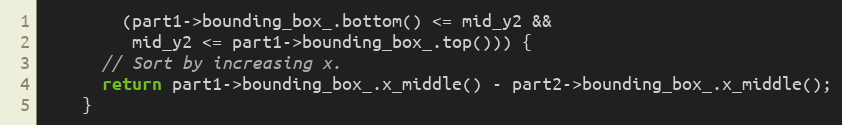
Language: C
        (part1->bounding_box_.bottom() <= mid_y2 &&
         mid_y2 <= part1->bounding_box_.top())) {
      // Sort by increasing x.
      return part1->bounding_box_.x_middle() - part2->bounding_box_.x_middle();
    }